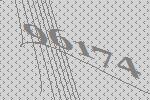
96174